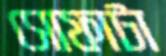
সোফাটা